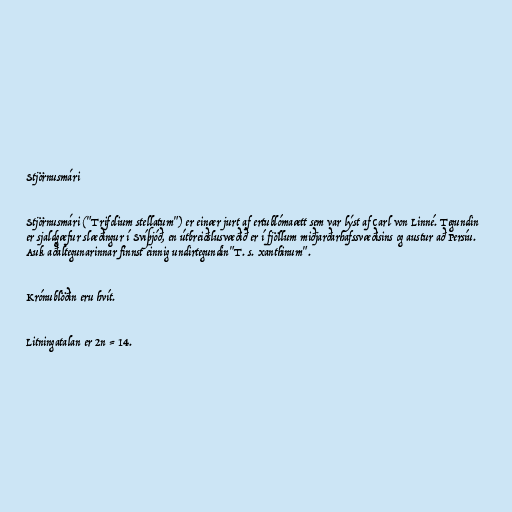
Stjörnusmári

Stjörnusmári ("Trifolium stellatum") er einær jurt af ertublómaætt sem var lýst af Carl von Linné. Tegundin
er sjaldgæfur slæðingur í Svíþjóð, en útbreiðslusvæðið er í fjöllum miðjarðarhafssvæðisins og austur að Persíu.
Auk aðaltegunarinnar finnst einnig undirtegundin"T. s. xanthinum".

Krónublöðin eru hvít.

Litningatalan er 2n = 14.